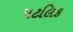
પટલિક